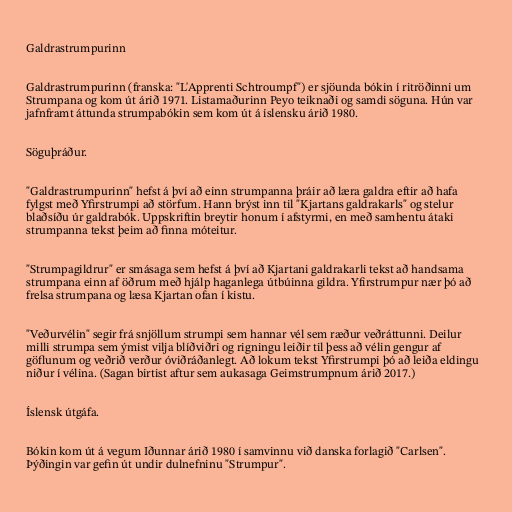
Galdrastrumpurinn

Galdrastrumpurinn (franska: "L'Apprenti Schtroumpf") er sjöunda bókin í ritröðinni um
Strumpana og kom út árið 1971. Listamaðurinn Peyo teiknaði og samdi söguna. Hún var
jafnframt áttunda strumpabókin sem kom út á íslensku árið 1980.

Söguþráður.

"Galdrastrumpurinn" hefst á því að einn strumpanna þráir að læra galdra eftir að hafa
fylgst með Yfirstrumpi að störfum. Hann brýst inn til "Kjartans galdrakarls" og stelur
blaðsíðu úr galdrabók. Uppskriftin breytir honum í afstyrmi, en með samhentu átaki
strumpanna tekst þeim að finna móteitur.

"Strumpagildrur" er smásaga sem hefst á því að Kjartani galdrakarli tekst að handsama
strumpana einn af öðrum með hjálp haganlega útbúinna gildra. Yfirstrumpur nær þó að
frelsa strumpana og læsa Kjartan ofan í kistu.

"Veðurvélin" segir frá snjöllum strumpi sem hannar vél sem ræður veðráttunni. Deilur
milli strumpa sem ýmist vilja blíðviðri og rigningu leiðir til þess að vélin gengur af
göflunum og veðrið verður óviðráðanlegt. Að lokum tekst Yfirstrumpi þó að leiða eldingu
niður í vélina. (Sagan birtist aftur sem aukasaga Geimstrumpnum árið 2017.)

Íslensk útgáfa.

Bókin kom út á vegum Iðunnar árið 1980 í samvinnu við danska forlagið "Carlsen".
Þýðingin var gefin út undir dulnefninu "Strumpur".